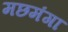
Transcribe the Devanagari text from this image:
मछमंगा